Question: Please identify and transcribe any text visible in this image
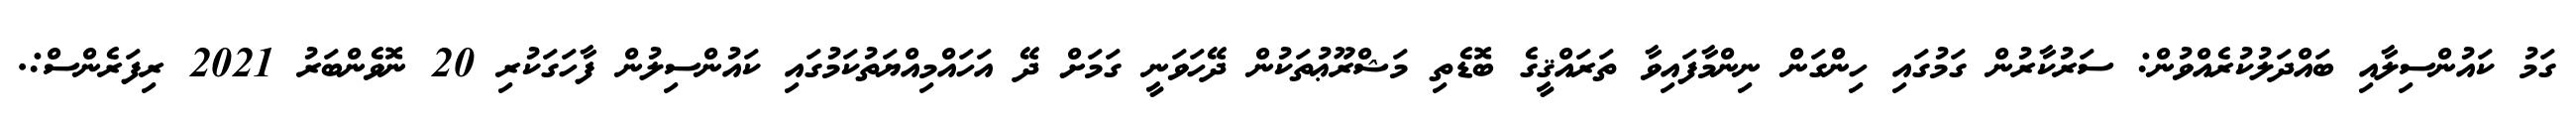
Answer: ގަމު ކައުންސިލާއި ބައްދަލުކުރެއްވުން: ސަރުކާރުން ގަމުގައި ހިންގަން ނިންމާފައިވާ ތަރައްޤީގެ ބޮޑެތި މަޝްރޫޢުތަކުން ދޭހަވަނީ ގަމަށް ދޭ އަހައްމިއްޔަތުކަމުގައި ކައުންސިލުން ފާހަގަކުރި 20 ނޮވެންބަރު 2021 ރިފަރެންސް:.